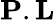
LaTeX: {\mathbf P}.{\mathbf L}